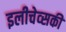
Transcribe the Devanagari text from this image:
इलीचेव्सकी